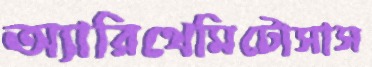
অ্যারিথেমিটোসাস